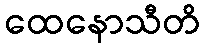
ထေနောသီတိ